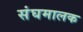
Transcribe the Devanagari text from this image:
संघमालक